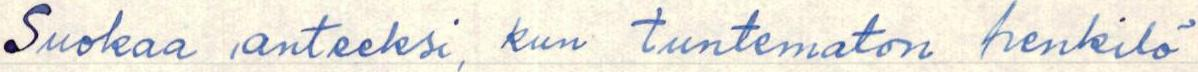
Suokaa anteeksi, kun tuntematon henkilö